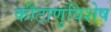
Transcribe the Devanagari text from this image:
कीटाणुविशेष